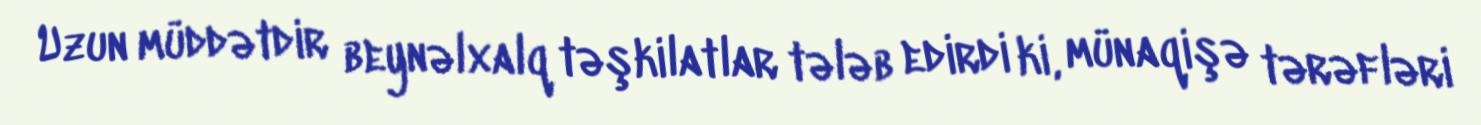
Uzun müddətdir beynəlxalq təşkilatlar tələb edirdi ki, münaqişə tərəfləri